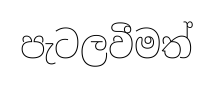
පැටලවීමත්